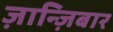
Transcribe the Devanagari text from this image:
ज़ान्ज़िबार